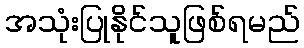
အသုံးပြုနိုင်သူဖြစ်ရမည်